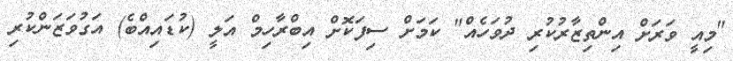
"މިއީ ވަރަށް އިންތިޒާރުކުރި ދުވަހެއް" ކަމަށް ސިފަކޮށް އިބްރާހިމް އަލީ (ކުޑައިއްބެ) އަގުވަޒަންކުރި